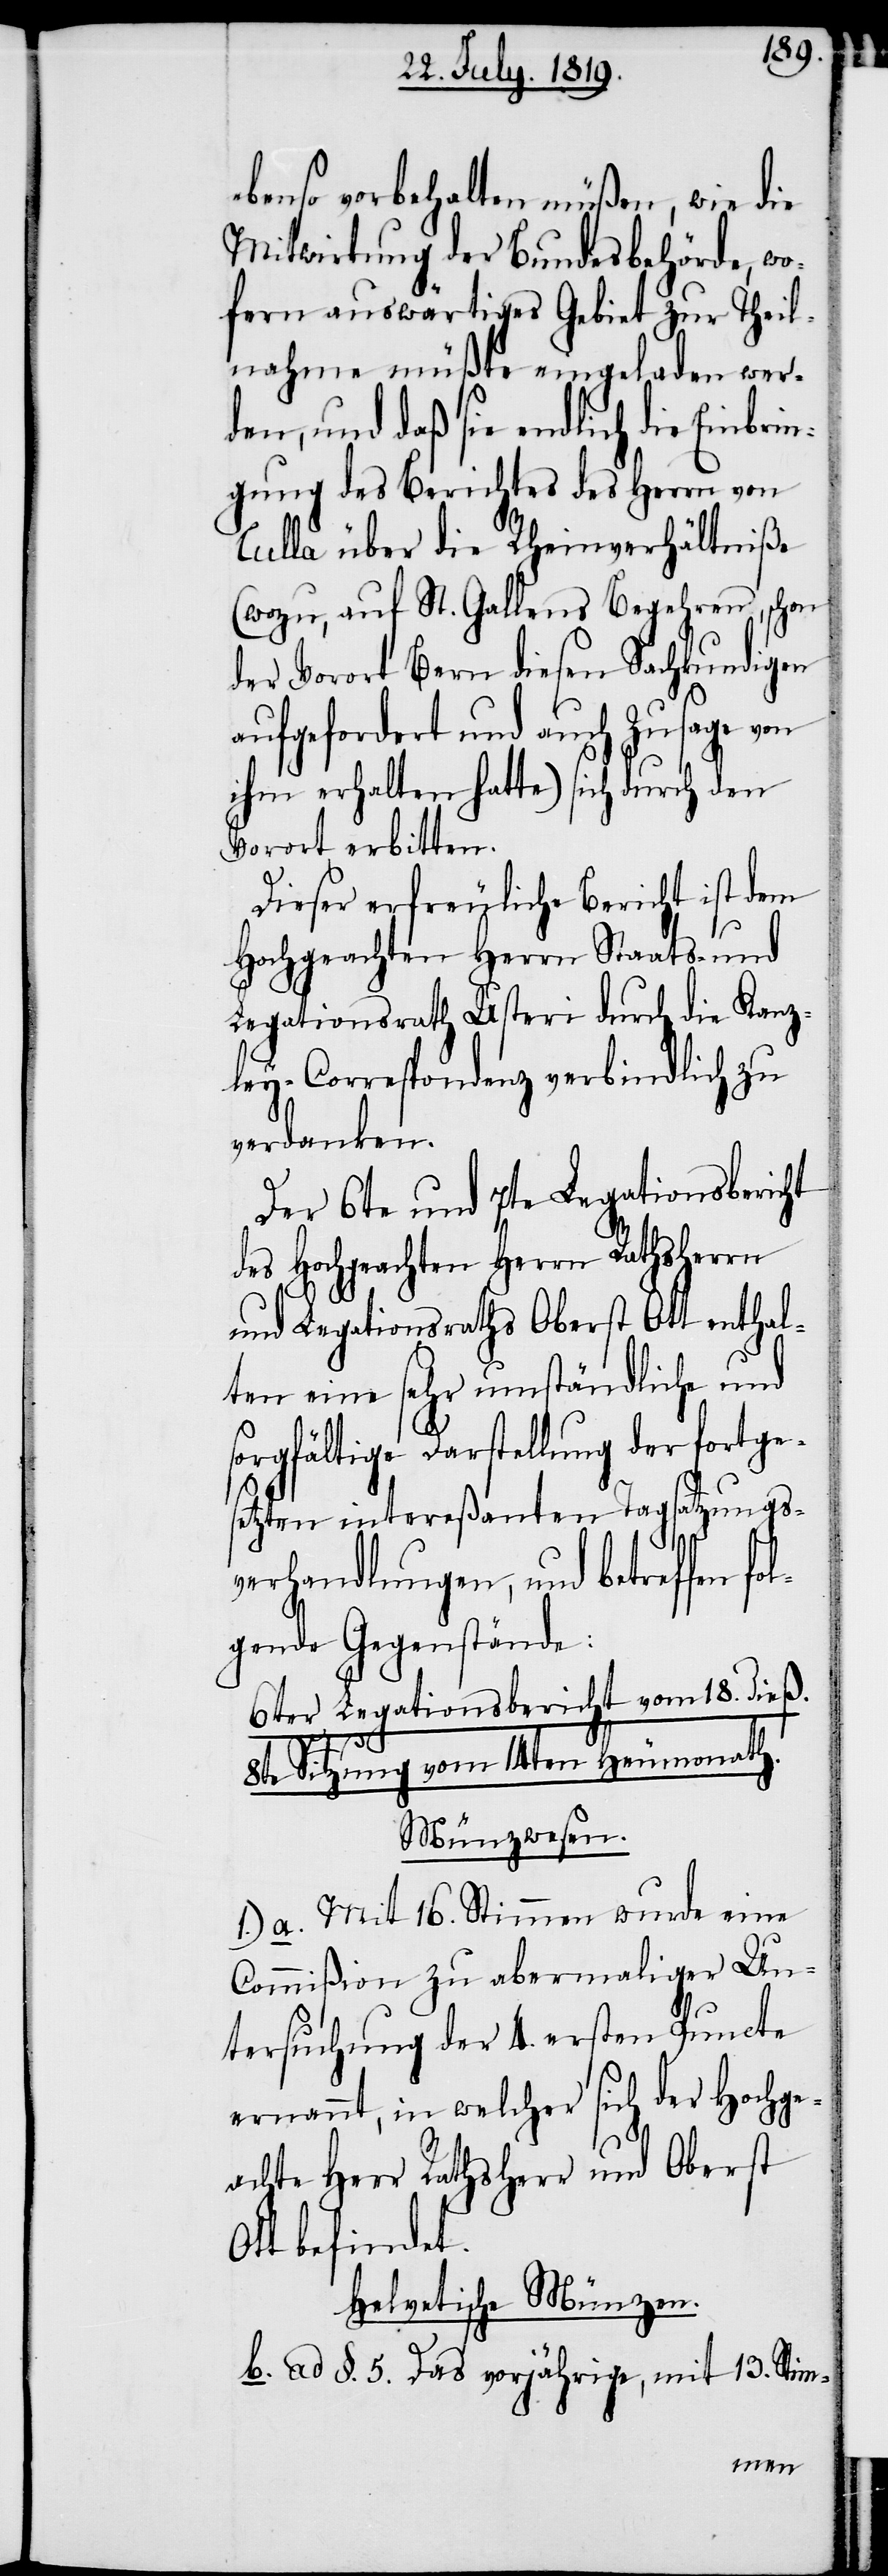
ebenso vorbehalten müßen, wie die
Mitwirkung der Bundesbehörde, wo¬
fern auswärtiges Gebiet zur Theil¬
nahme müßte eingeladen wer¬
den, und daß sie endlich die Einbri¬
ngung des Berichtes des Herrn von
Tulla über die Rheinverhältniße
(wozu, auf St. Gallens Begehren, schon
der Vorort Bern diesen Sachkundigen
aufgefordert und auch Zusage von
ihm erhalten hatte) sich durch den
Vorort erbitten.
Dieser erfreuliche Bericht ist dem
Hochgeachten Herrn Staats- und
Legationsrath Usteri durch die Kanz¬
ley-Correspondenz verbindlich zu
verdanken.
Der 6te und 7te Legationsbericht
des Hochgeachten Herrn Rathsherrn
und Legationsraths Oberst Ott enthal¬
ten eine sehr umständliche und
sorgfältige Darstellung der fortge¬
setzten interreßanten Tagsatzungs¬
verhandlungen, und betreffen fo¬
lgende Gegenstände:
6ter Legationsbericht vom 18. dieß.
8te Sitzung vom 14ten Heumonath.
Münzwesen.
1.) a. Mit 16. Stimmen wurde eine
Commißion zu abermaliger Un¬
tersuchung der 4. ersten Puncte
ernannt, in welcher sich der Hochge¬
achte Herr Rathsherr und Oberst
Ott befindet.
Helvetische Münzen.
b. ad §. 5. Das vorjährige, mit 13. Stim-